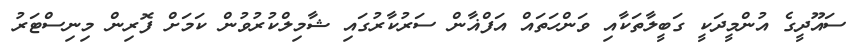
ސައޫދީގެ އުންމީދަކީ ގަބީލާތަކާއި ވަންހަތައް އަފްޣާން ސަރުކާރުގައި ޝާމިލްކުރުވުން ކަމަށް ފޮރިން މިނިސްޓަރު